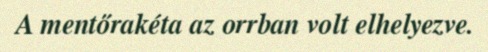
A mentőrakéta az orrban volt elhelyezve.